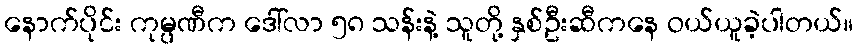
နောက်ပိုင်း ကုမ္ပဏီက ဒေါ်လာ ၅၈ သန်းနဲ့ သူတို့ နှစ်ဦးဆီကနေ ဝယ်ယူခဲ့ပါတယ်။